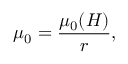
{ \mu _ { 0 } } = \frac { \mu _ { 0 } ( H ) } { r } ,